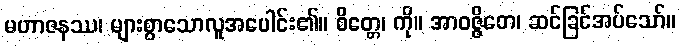
မဟာဇနဿ၊ များစွာသောလူအပေါင်း၏။ စိတ္တေ၊ ကို။ အာဝဇ္ဇိတေ၊ ဆင်ခြင်အပ်သော်။